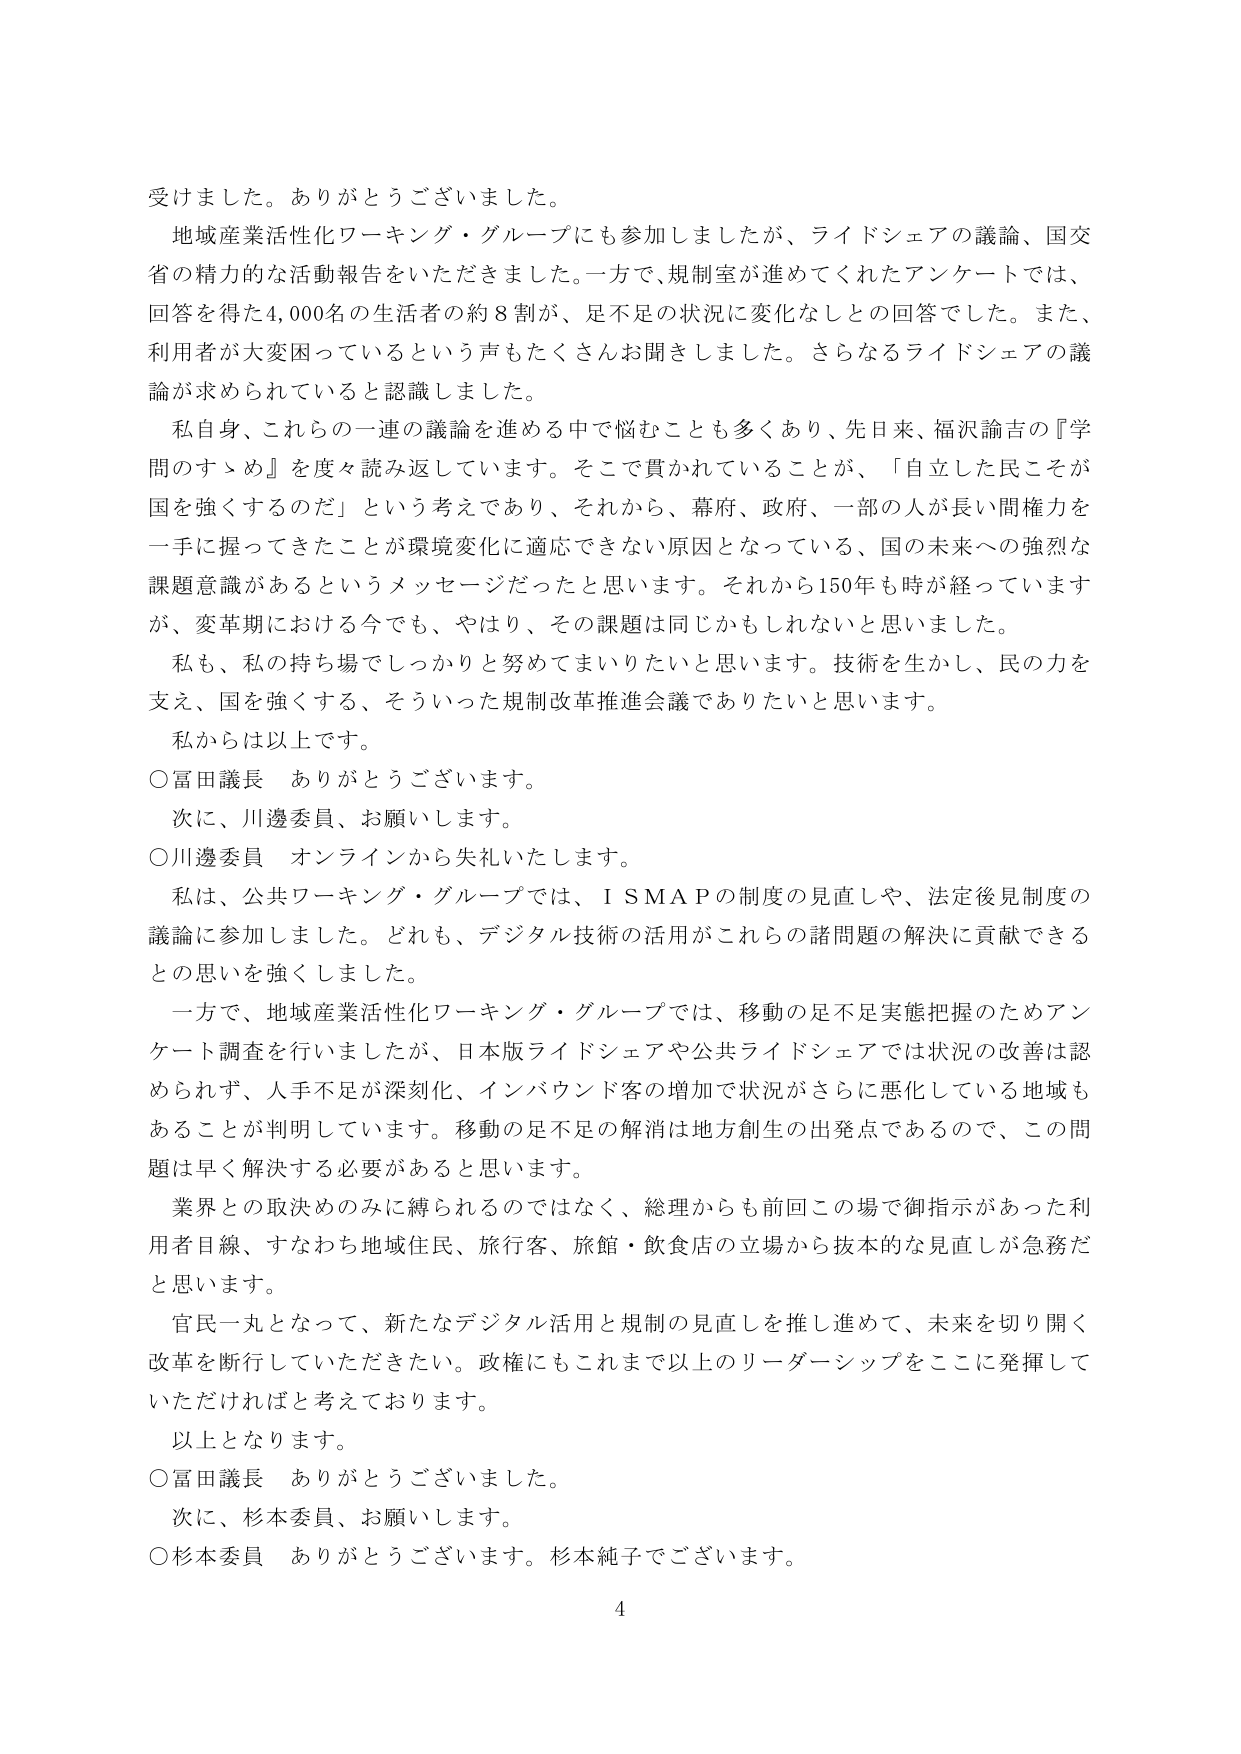
受けました。ありがとうございました。

地域産業活性化ワーキング・グループにも参加しましたが、ライドシェアの議論、国交省の精力的な活動報告をいただきました。一方で、規制室が進めてくれたアンケートでは、回答を得た4,000名の生活者の約8割が、足不足の状況に変化なしとの回答でした。また、利用者が大変困っているという声もたくさんお聞きしました。さらなるライドシェアの議論が求められていると認識しました。

私自身、これらの一連の議論を進める中で悩むことも多くあり、先日来、福沢諭吉の『学問のすゝめ』を度々読み返しています。そこで貫かれていることが、「自立した民こそが国を強くするのだ」という考えであり、それから、幕府、政府、一部の人が長い間権力を一手に握ってきたことが環境変化に適応できない原因となっている、国の未来への強烈な課題意識があるというメッセージだったと思います。それから150年も時が経っていますが、変革期における今でも、やはり、その課題は同じかもしれないと思いました。

私も、私の持ち場でしっかりと努めてまいりたいと思います。技術を生かし、民の力を支え、国を強くする、そういった規制改革推進会議でありたいと思います。

私からは以上です。

○富田議長　ありがとうございます。

次に、川邊委員、お願いします。

○川邊委員　オンラインから失礼いたします。

私は、公共ワーキング・グループでは、ＩＳＭＡＰの制度の見直しや、法定後見制度の議論に参加しました。どれも、デジタル技術の活用がこれらの諸問題の解決に貢献できるとの思いを強くしました。

一方で、地域産業活性化ワーキング・グループでは、移動の足不足実態把握のためアンケート調査を行いましたが、日本版ライドシェアや公共ライドシェアでは状況の改善は認められず、人手不足が深刻化、インバウンド客の増加で状況がさらに悪化している地域もあることが判明しています。移動の足不足の解消は地方創生の出発点であるので、この問題は早く解決する必要があると思います。

業界との取決めのみに縛られるのではなく、総理からも前回この場で御指示があった利用者目線、すなわち地域住民、旅行客、旅館・飲食店の立場から抜本的な見直しが急務だと思います。

官民一丸となって、新たなデジタル活用と規制の見直しを推し進めて、未来を切り開く改革を断行していただきたい。政権にもこれまで以上のリーダーシップをここに発揮していただければと考えております。

以上となります。

○富田議長　ありがとうございました。

次に、杉本委員、お願いします。

○杉本委員　ありがとうございます。杉本純子でございます。

4